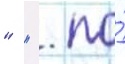
"  ". по́